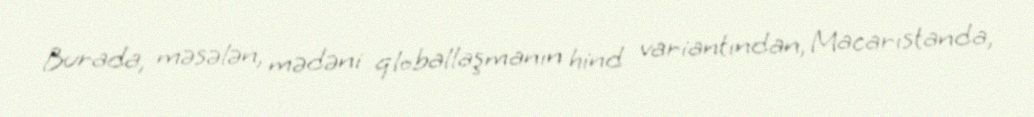
Burada, məsələn, mədəni qloballaşmanın hind variantından, Macarıstanda,